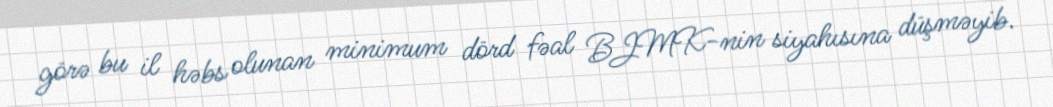
görə bu il həbs olunan minimum dörd fəal BJMK-nin siyahısına düşməyib.